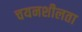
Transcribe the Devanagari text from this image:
चयनशीलता